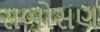
સબોસણ